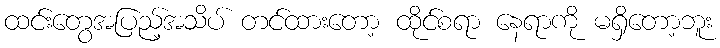
ထင်းတွေအပြည့်အသိပ် တင်ထားတော့ ထိုင်စရာ နေရာကို မရှိတော့ဘူး